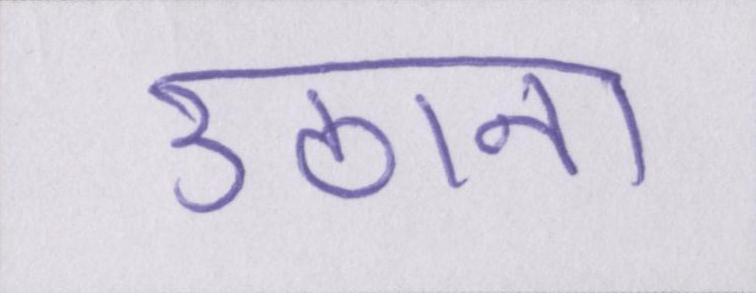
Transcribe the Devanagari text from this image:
उठाना